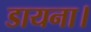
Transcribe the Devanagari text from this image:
डायना।